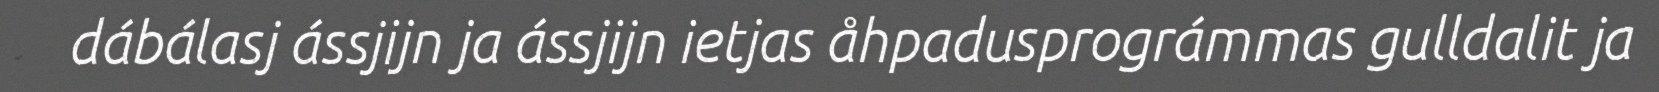
dábálasj ássjijn ja ássjijn ietjas åhpadusprográmmas gulldalit ja